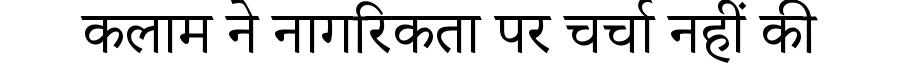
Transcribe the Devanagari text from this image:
कलाम ने नागरिकता पर चर्चा नहीं की